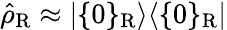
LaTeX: {\hat{\rho}}_{\mathrm{R}}\approx|\{ 0\} _{\mathrm{R}}\rangle\langle\{ 0\} _{\mathrm{R}}|